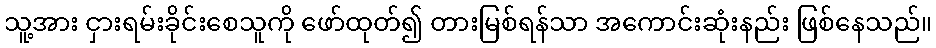
သူ့အား ငှားရမ်းခိုင်းစေသူကို ဖော်ထုတ်၍ တားမြစ်ရန်သာ အကောင်းဆုံးနည်း ဖြစ်နေသည်။